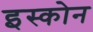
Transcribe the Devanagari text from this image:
इस्कोन